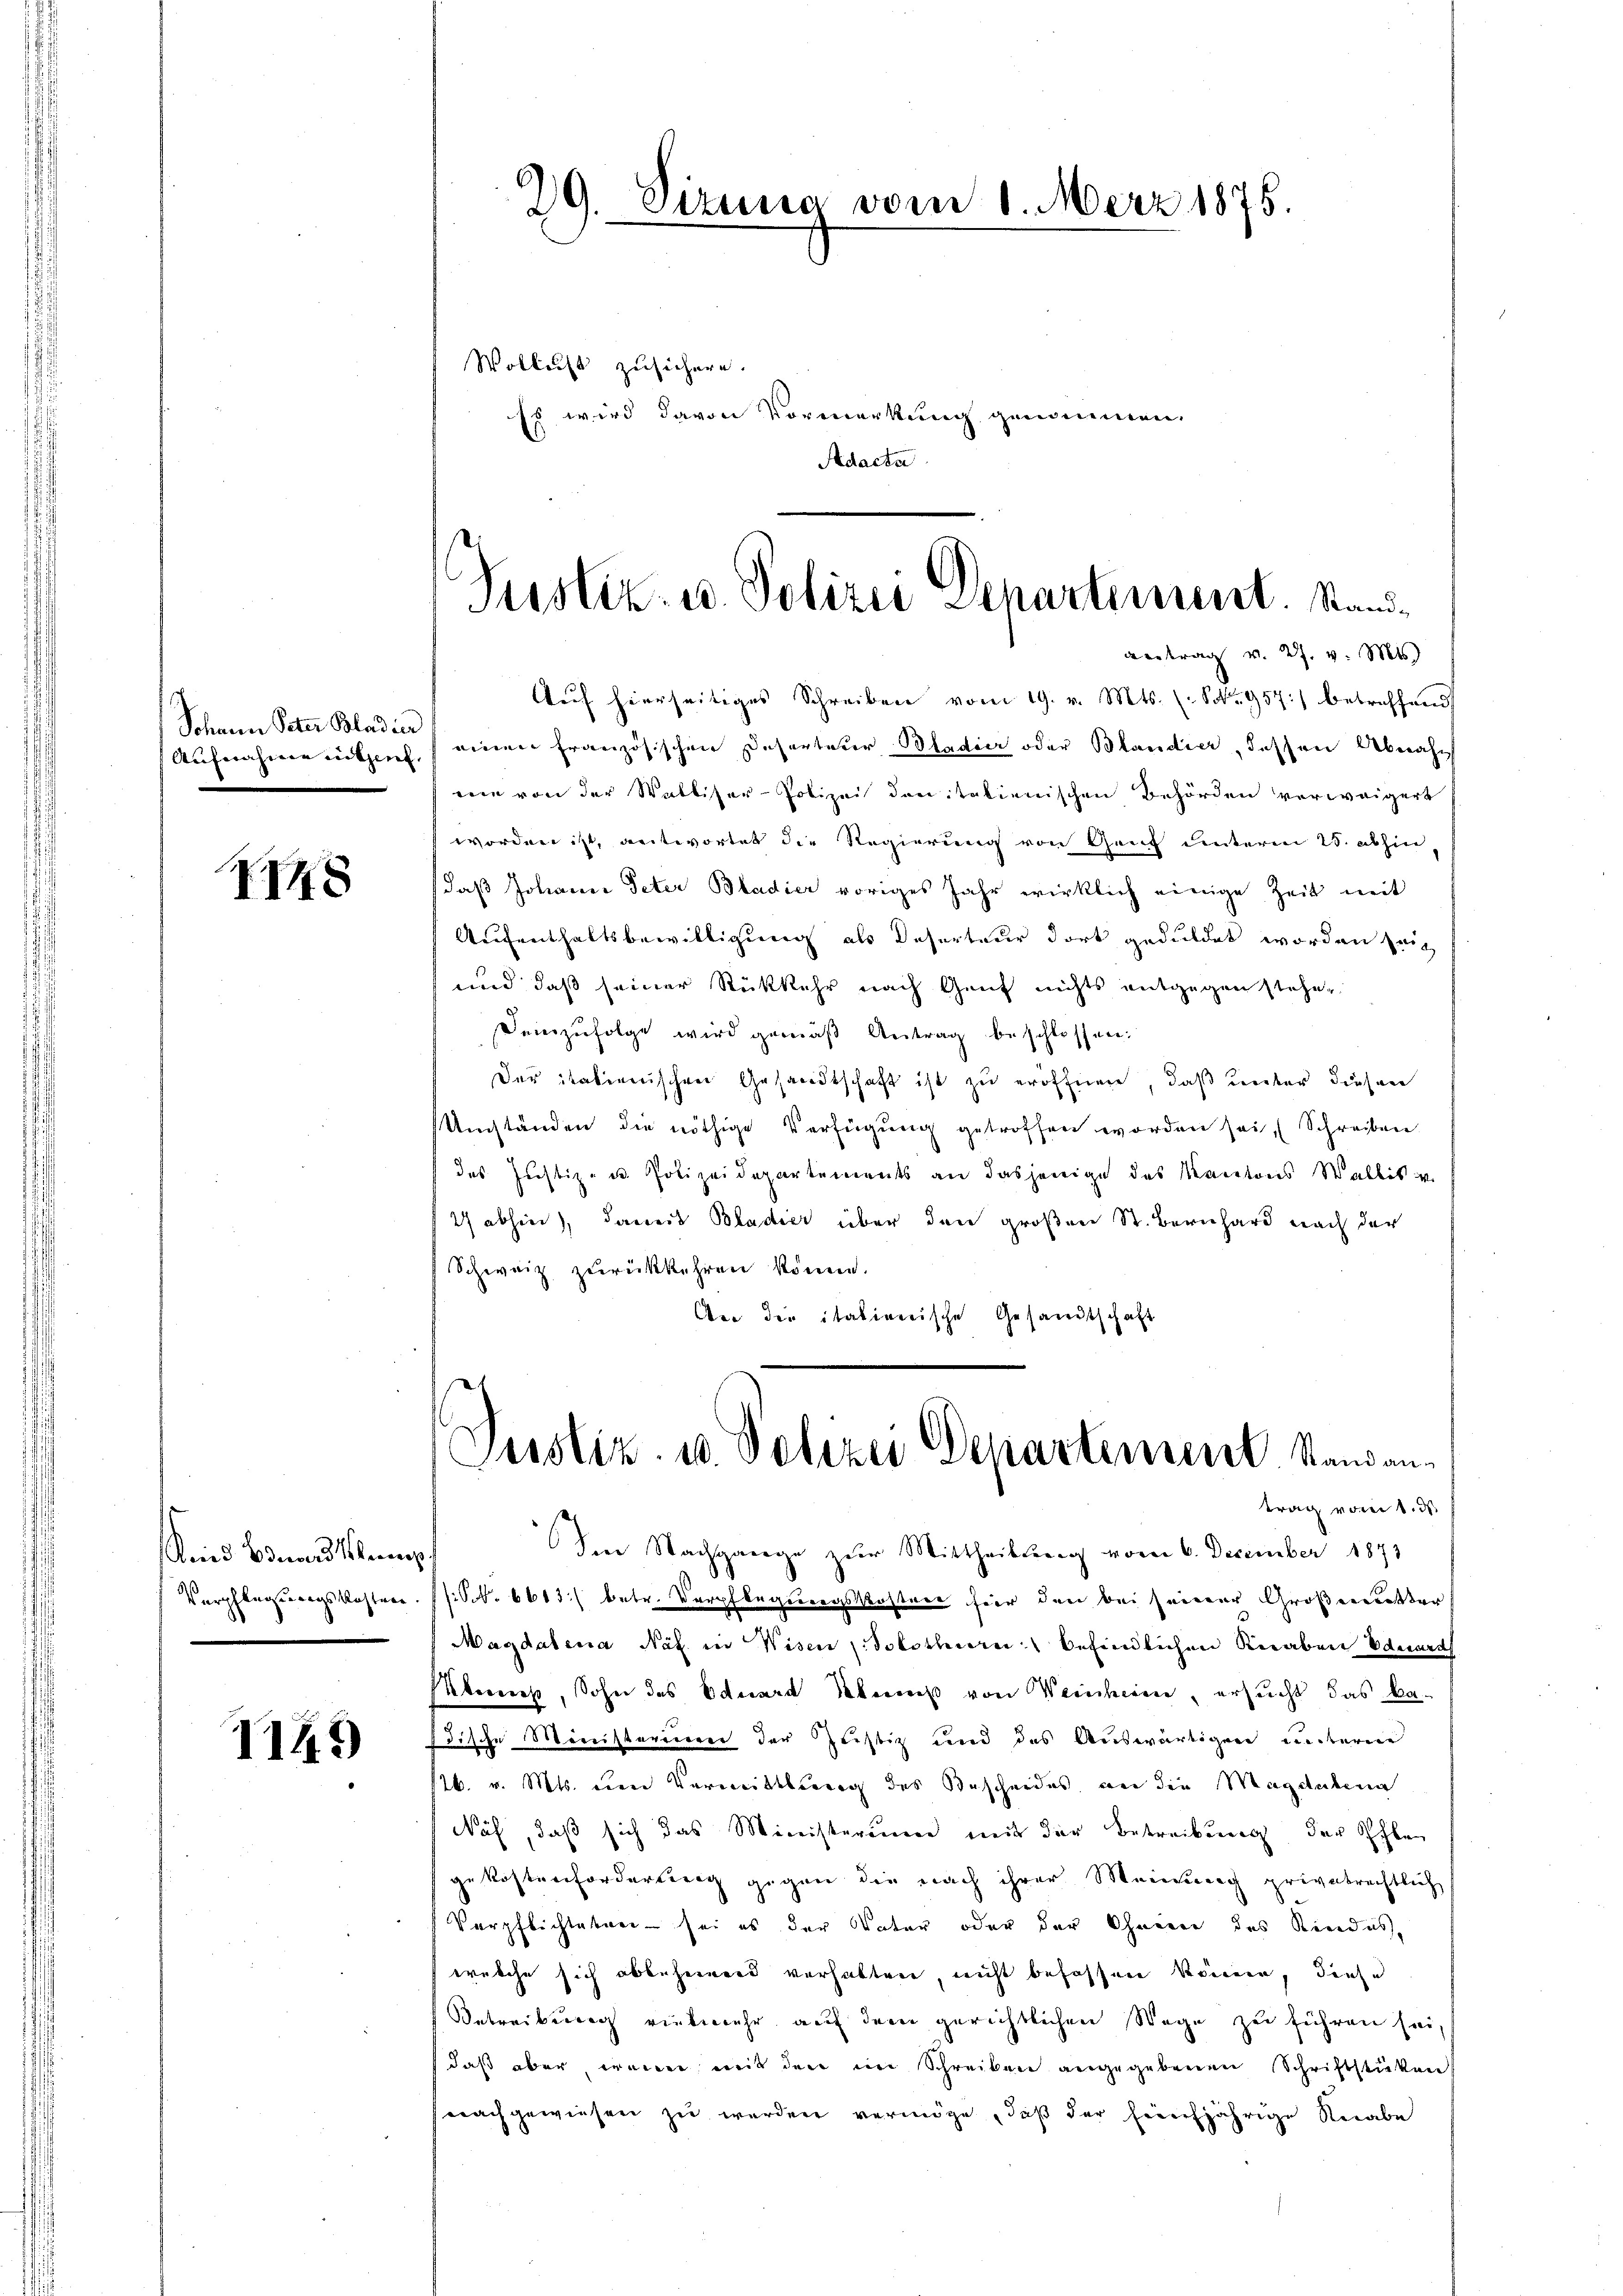
Sohann Peter Bladier
Aufnahme inten.

XIX

ind Bund kenn
Verpflegungskosten.

1149

Wollis zusichern.
Es wird davon Vormerkung genommen.
Adacta

29. Sizung vom 1. März 1875.

Justiz- u. Polizei Departement. Stand¬
Betrag v. 27. v. Mts.

uf hierseitiges Schreiben vom 19. v. Mts. (S. 957 betreffend,
einen französischen Desorteter Pladier oder Blandier, dessen Abnahmie von der Walliser-Polizei den italienischen Behörden verweigert
worden ist, antwortet die Regierung von Genf unterm 25. abhin
daß Johann Peter Bladier voriges Jahr wirklich einige Zeit mit
Aufenthaltsbewilligung als Reserteur dort geduldet worden sein
und daß seiner Rückkehr nach Genf nichts entgegen stehe,
Demzufolge wird gemäß Antrag beschlossen:
Der italienischen Gesandtschaft ist zu eröffnen, daß unter diesen
Umständen die nöthige Verfügung getroffen worden sei, Schreiben.
des Justiz- u. Polizeidepartements an dasjenige das Kantons Wallis in
2 abhin), dauers Bladier über den großen St. Bernhard nach der
Schweiz zurückkehren könne.
Aber die italienische Gesandtschaft
Justiz- u. Polizei Departement Standantrag vom 1. d.
Ien Nachgange zur Mittheilung vom 6. Dezember 1873
(S. 6613) betr. Verpflegungskostere hier den bei seiner Großerwetter
Magdalena Näf in Wisen Solothurn befindlichen Knaben Eduard
Klemp, Sohn des Eduard Klump von Weinheim, ersucht das Bafrische Ministercieren der Justiz und des Auswärtigen unterne
26. v. Mts. den Vormittlung des Bescheides an die Magdalena
Näf, daß sich das Ministerium mit der Betreibung der Ihlen
gekostenforderung gegen die nach ihrer Meinung privatrechtlich
Verpflichteten - sei es der Vater oder der Ohneren des Kindes,
welche sich abbeheinend verhalten, nicht befassen können, diese
Betreibung vielmehr auf dem gerichtlichen Wege zu führen sei,
daß aber, wenn weit den im Schreiben angegebenen Schriftstücken
nachgewiesen zu werden vermöge, daß der freichjährige Knabe